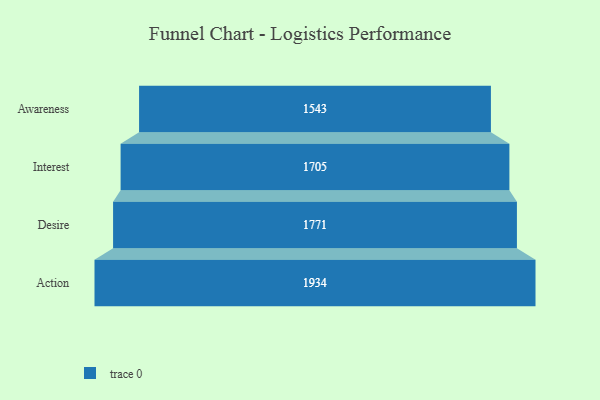
{"axis": {"x": "Stage", "y": "Value"}, "legend": [""], "data": [{"x": "Awareness", "y": 1543.0, "type": ""}, {"x": "Interest", "y": 1705.0, "type": ""}, {"x": "Desire", "y": 1771.0, "type": ""}, {"x": "Action", "y": 1934.0, "type": ""}]}